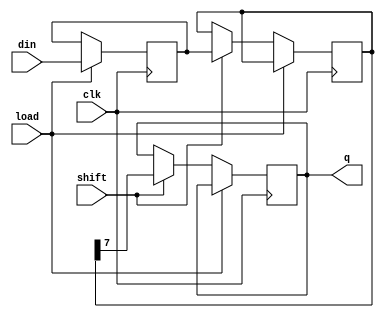
module TwoStagePISO (
    input wire clk,         // Clock signal
    input wire load,        // Load control signal
    input wire shift,       // Shift control signal
    input wire [N-1:0] din, // Parallel data input
    output reg q           // Serial data output
);
    parameter N = 8;       // Define the number of input bits (you can change this as needed)
    
    // Internal registers for the two stages
    reg [N-1:0] stage1;    // Stage 1 register
    reg [N-1:0] stage2;    // Stage 2 register
    
    // Process for loading and shifting
    always @(posedge clk) begin
        if (load) begin
            // Load input data into stage 1
            stage1 <= din;
        end else if (shift) begin
            // Shift stage1 to stage2
            stage2 <= stage1;

            // Shift the data out serially from stage2
            // This will provide serial output bit every clock cycle
            q <= stage2[N-1];    // Serial output from the MSB of stage2
        end else begin
            // Hold the output when not loading or shifting
            q <= q;              // Maintain current output value
        end
    end
    
endmodule